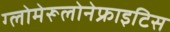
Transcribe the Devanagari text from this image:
ग्लोमेरूलोनेफ्राइटिस